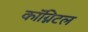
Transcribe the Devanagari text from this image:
कॉग्निटल